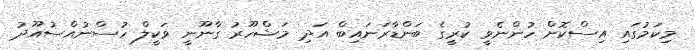
މިކަމުގައި އިސްކޮށް ހުންނެވީ ކުރީގެ ބަންޑާރަނައިބް އަދި މަޝްހޫރު ގާނޫނީ ވަކީލް ހުސްނުއްސުއޫދު